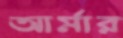
আর্মার